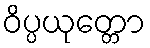
ဝိပ္ပယုတ္တော